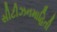
સીટીઝનમાહિતી